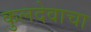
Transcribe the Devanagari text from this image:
कुलदेवाचा